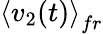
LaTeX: \left\langle v_{2}(t)\right\rangle_{fr}